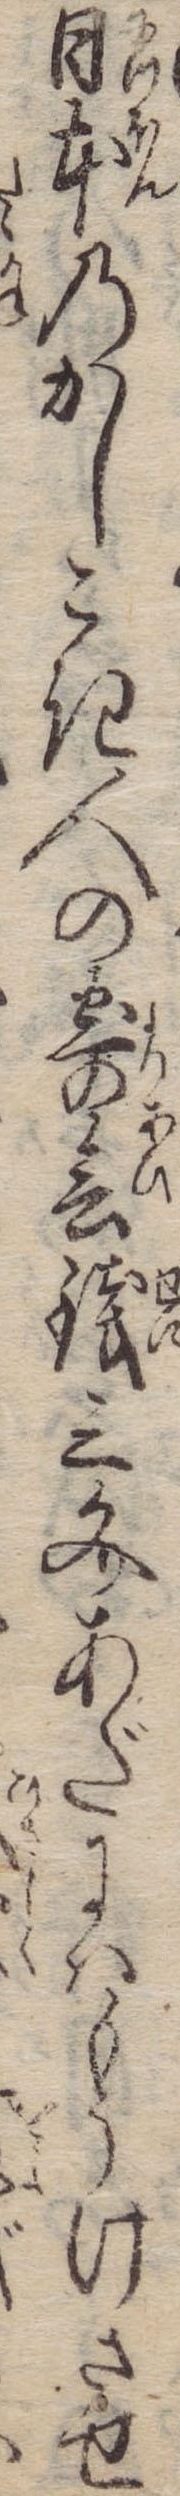
日本のかしこき人の寄会銭三文あだにはもうけさせ